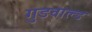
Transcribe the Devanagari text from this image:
गुडवाल्ड